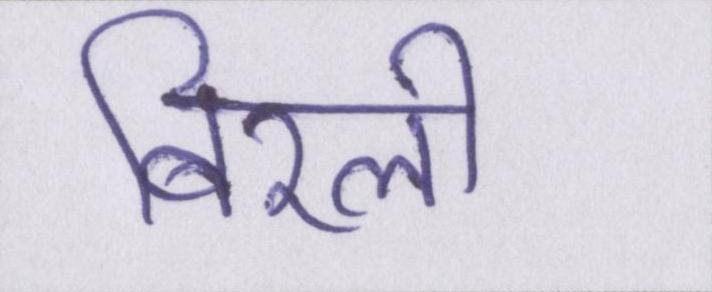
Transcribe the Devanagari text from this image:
बिरली